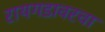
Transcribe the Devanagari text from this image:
रायगडावरचा